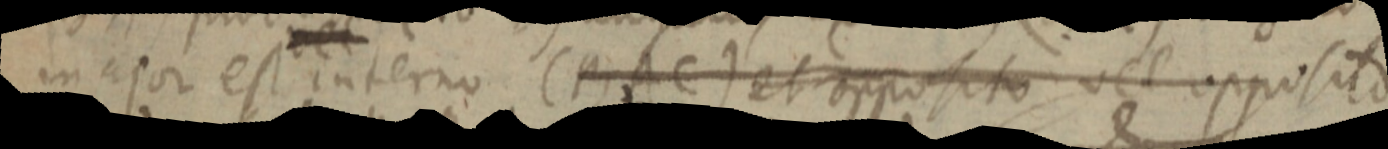
major est interno (BAC) et opposito vel opposito